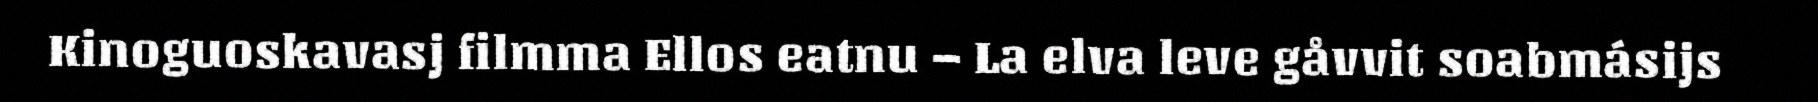
Kinoguoskavasj filmma Ellos eatnu – La elva leve gåvvit soabmásijs